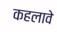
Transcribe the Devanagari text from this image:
कहलावे